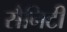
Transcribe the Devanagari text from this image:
सैनिटी